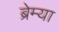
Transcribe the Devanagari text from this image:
ब्रेम्या